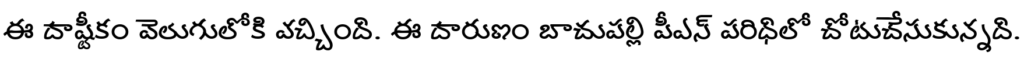
ఈ దాష్టీకం వెలుగులోకి వచ్చింది. ఈ దారుణం బాచుపల్లి పీఎస్ పరిధిలో చోటుచేసుకున్నది.